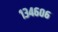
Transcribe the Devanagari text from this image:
१३४६०६